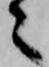
々